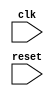
module behavioral_modeling (
    input wire clk,
    input wire reset,
    // other input and output ports
    
    );
    
    reg prev_reset;
    
    always @(posedge clk) begin
        if (reset && !prev_reset) begin
            // Behavior when reset signal transitions from high to low
            // Perform specified actions or operations here
            
        end
        prev_reset <= reset;
    end
    
endmodule